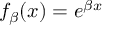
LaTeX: f _ { \beta } ( x ) = e ^ { \beta x }